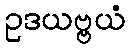
ဥဒယဗ္ဗယံ